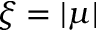
\xi = | \mu |